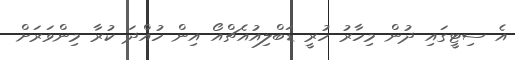
އެ ސިޓީގައި ދުން މިހާރު ހުރީ ޑަބްލިއުއެޗްއޯ އިން ހުއްދަ ކުރާ މިންވަރަށް